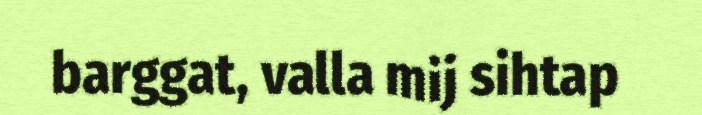
barggat, valla mij sihtap